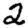
Digit: 2